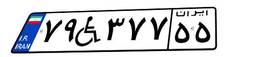
۷۹W۳۷۷۵۵